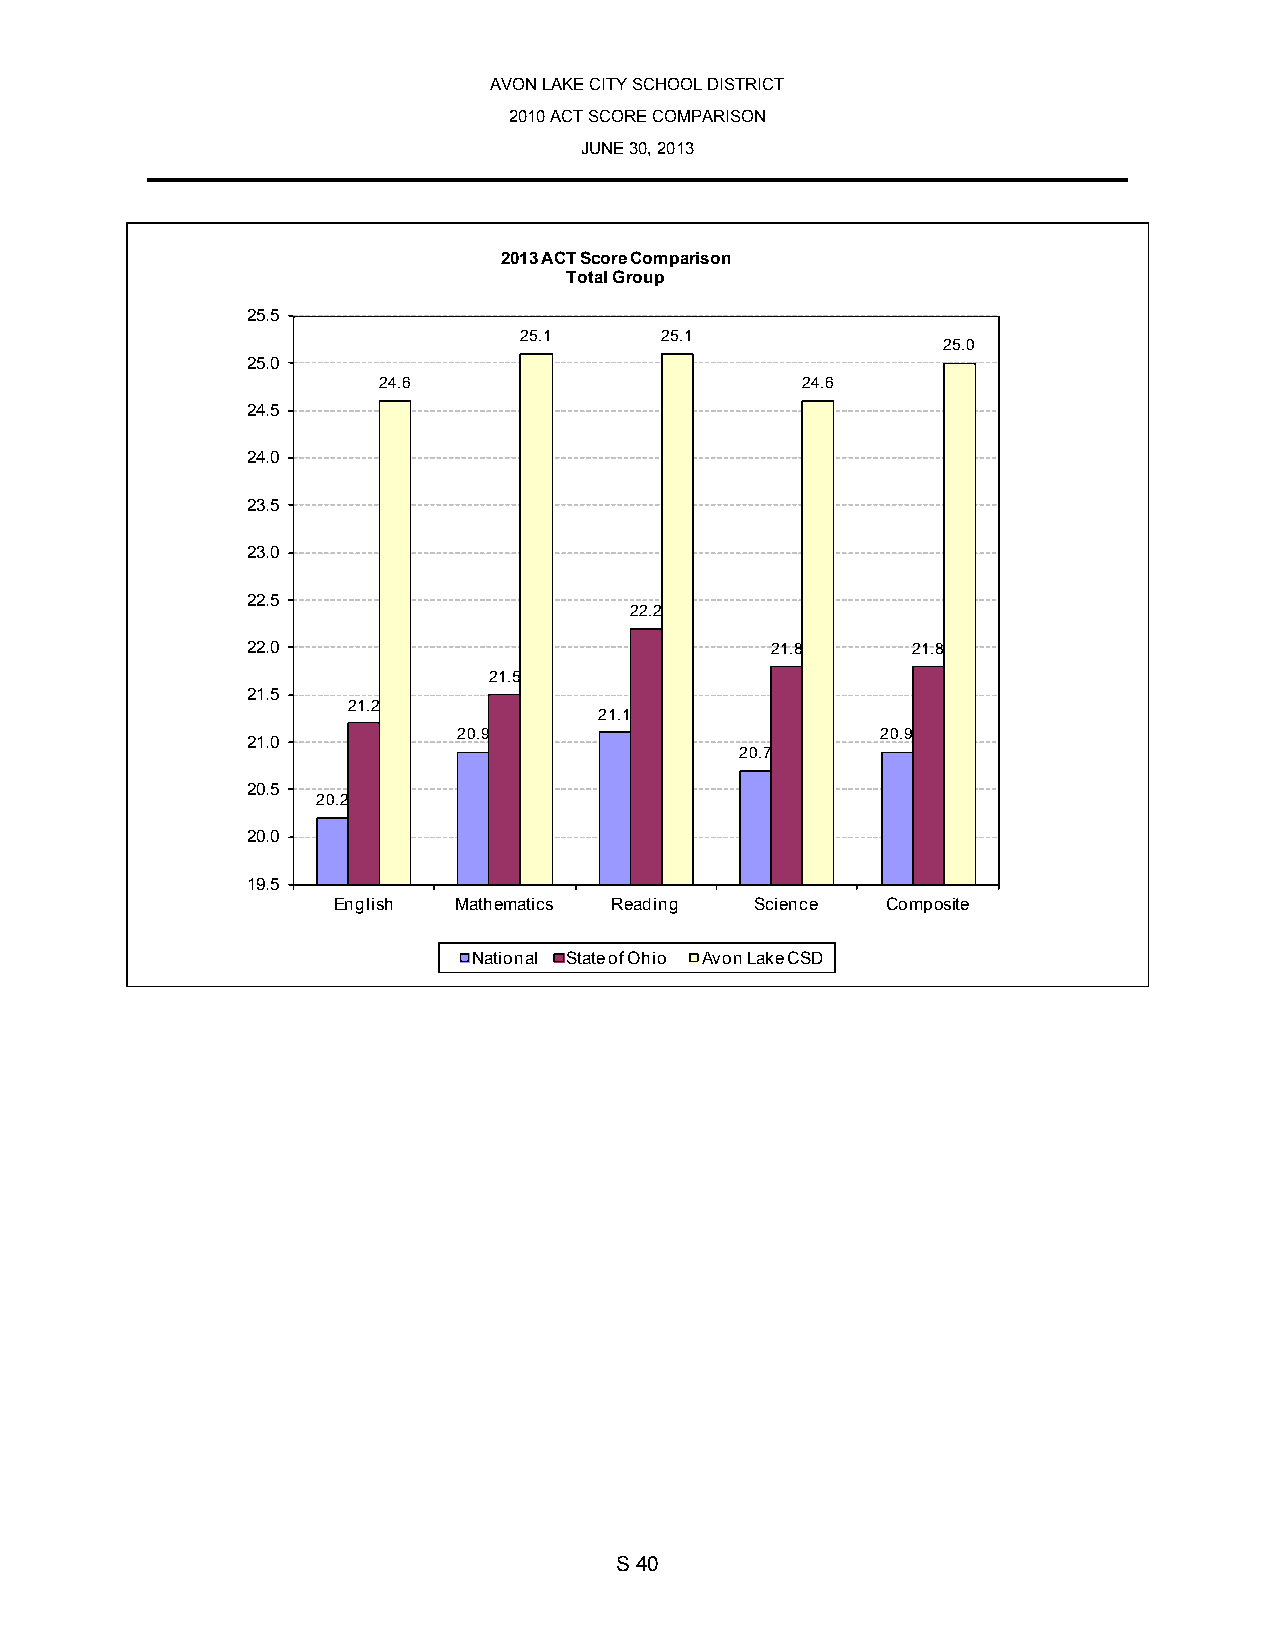
AVON LAKE CITY SCHOOL DISTRICT
 2010 ACT SCORE COMPARISON
 JUNE 30, 2013
 2013 ACT Score Comparison
 Total Group
 25.5
 25.1      25.1
 25.0
 25.0
 24.6                        24.6
 24.5
 24.0
 23.5
 23.0
 22.5
 22.2
 22.0                               21.8     21.8
 21.5
 21.5
 21.2
 21.1
 20.9                        20.9
 21.0
 20.7
 20.5
 20.2
 20.0
 19.5
 English Mathematics Reading Science  Composite
 National State of Ohio Avon Lake CSD
 S 40